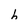
Character: h